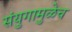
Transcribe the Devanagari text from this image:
संयुगामुळेच